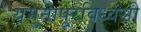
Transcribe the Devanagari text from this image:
यमुनापूरविध्वंसी